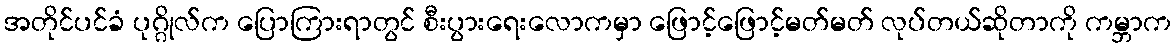
အတိုင်ပင်ခံ ပုဂ္ဂိုလ်က ပြောကြားရာတွင် စီးပွားရေးလောကမှာ ဖြောင့်ဖြောင့်မတ်မတ် လုပ်တယ်ဆိုတာကို ကမ္ဘာက